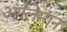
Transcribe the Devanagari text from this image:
आलिन्गन